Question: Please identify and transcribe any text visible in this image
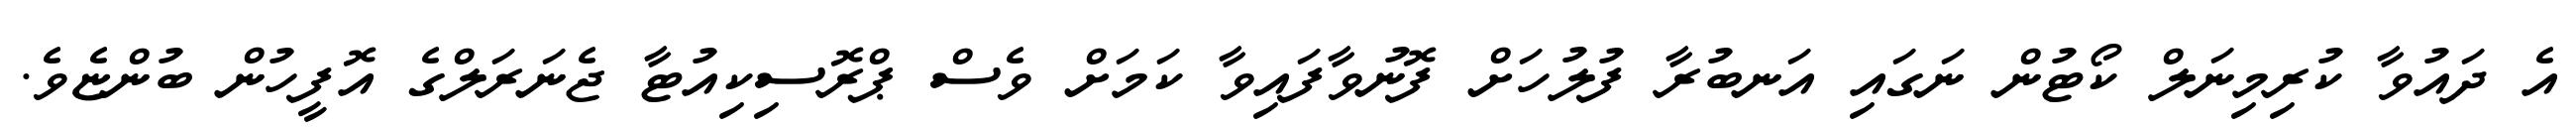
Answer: އެ ދައުވާ ކުރިމިނަލް ކޯޓުން ނަގައި އަނބުރާ ފުލުހަށް ފޮނުވާފައިވާ ކަމަށް ވެސް ޕްރޮސިކިއުޓާ ޖެނަރަލްގެ އޮފީހުން ބުންޏެވެ.